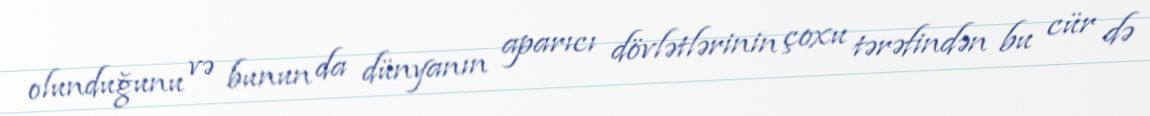
olunduğunu və bunun da dünyanın aparıcı dövlətlərinin çoxu tərəfindən bu cür də